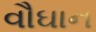
વૌઘાન